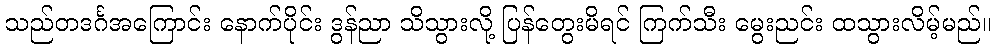
သည်တဒင်္ဂအကြောင်း နောက်ပိုင်း ဒွန်ညာ သိသွားလို့ ပြန်တွေးမိရင် ကြက်သီး မွေးညင်း ထသွားလိမ့်မည်။